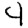
Digit: 4